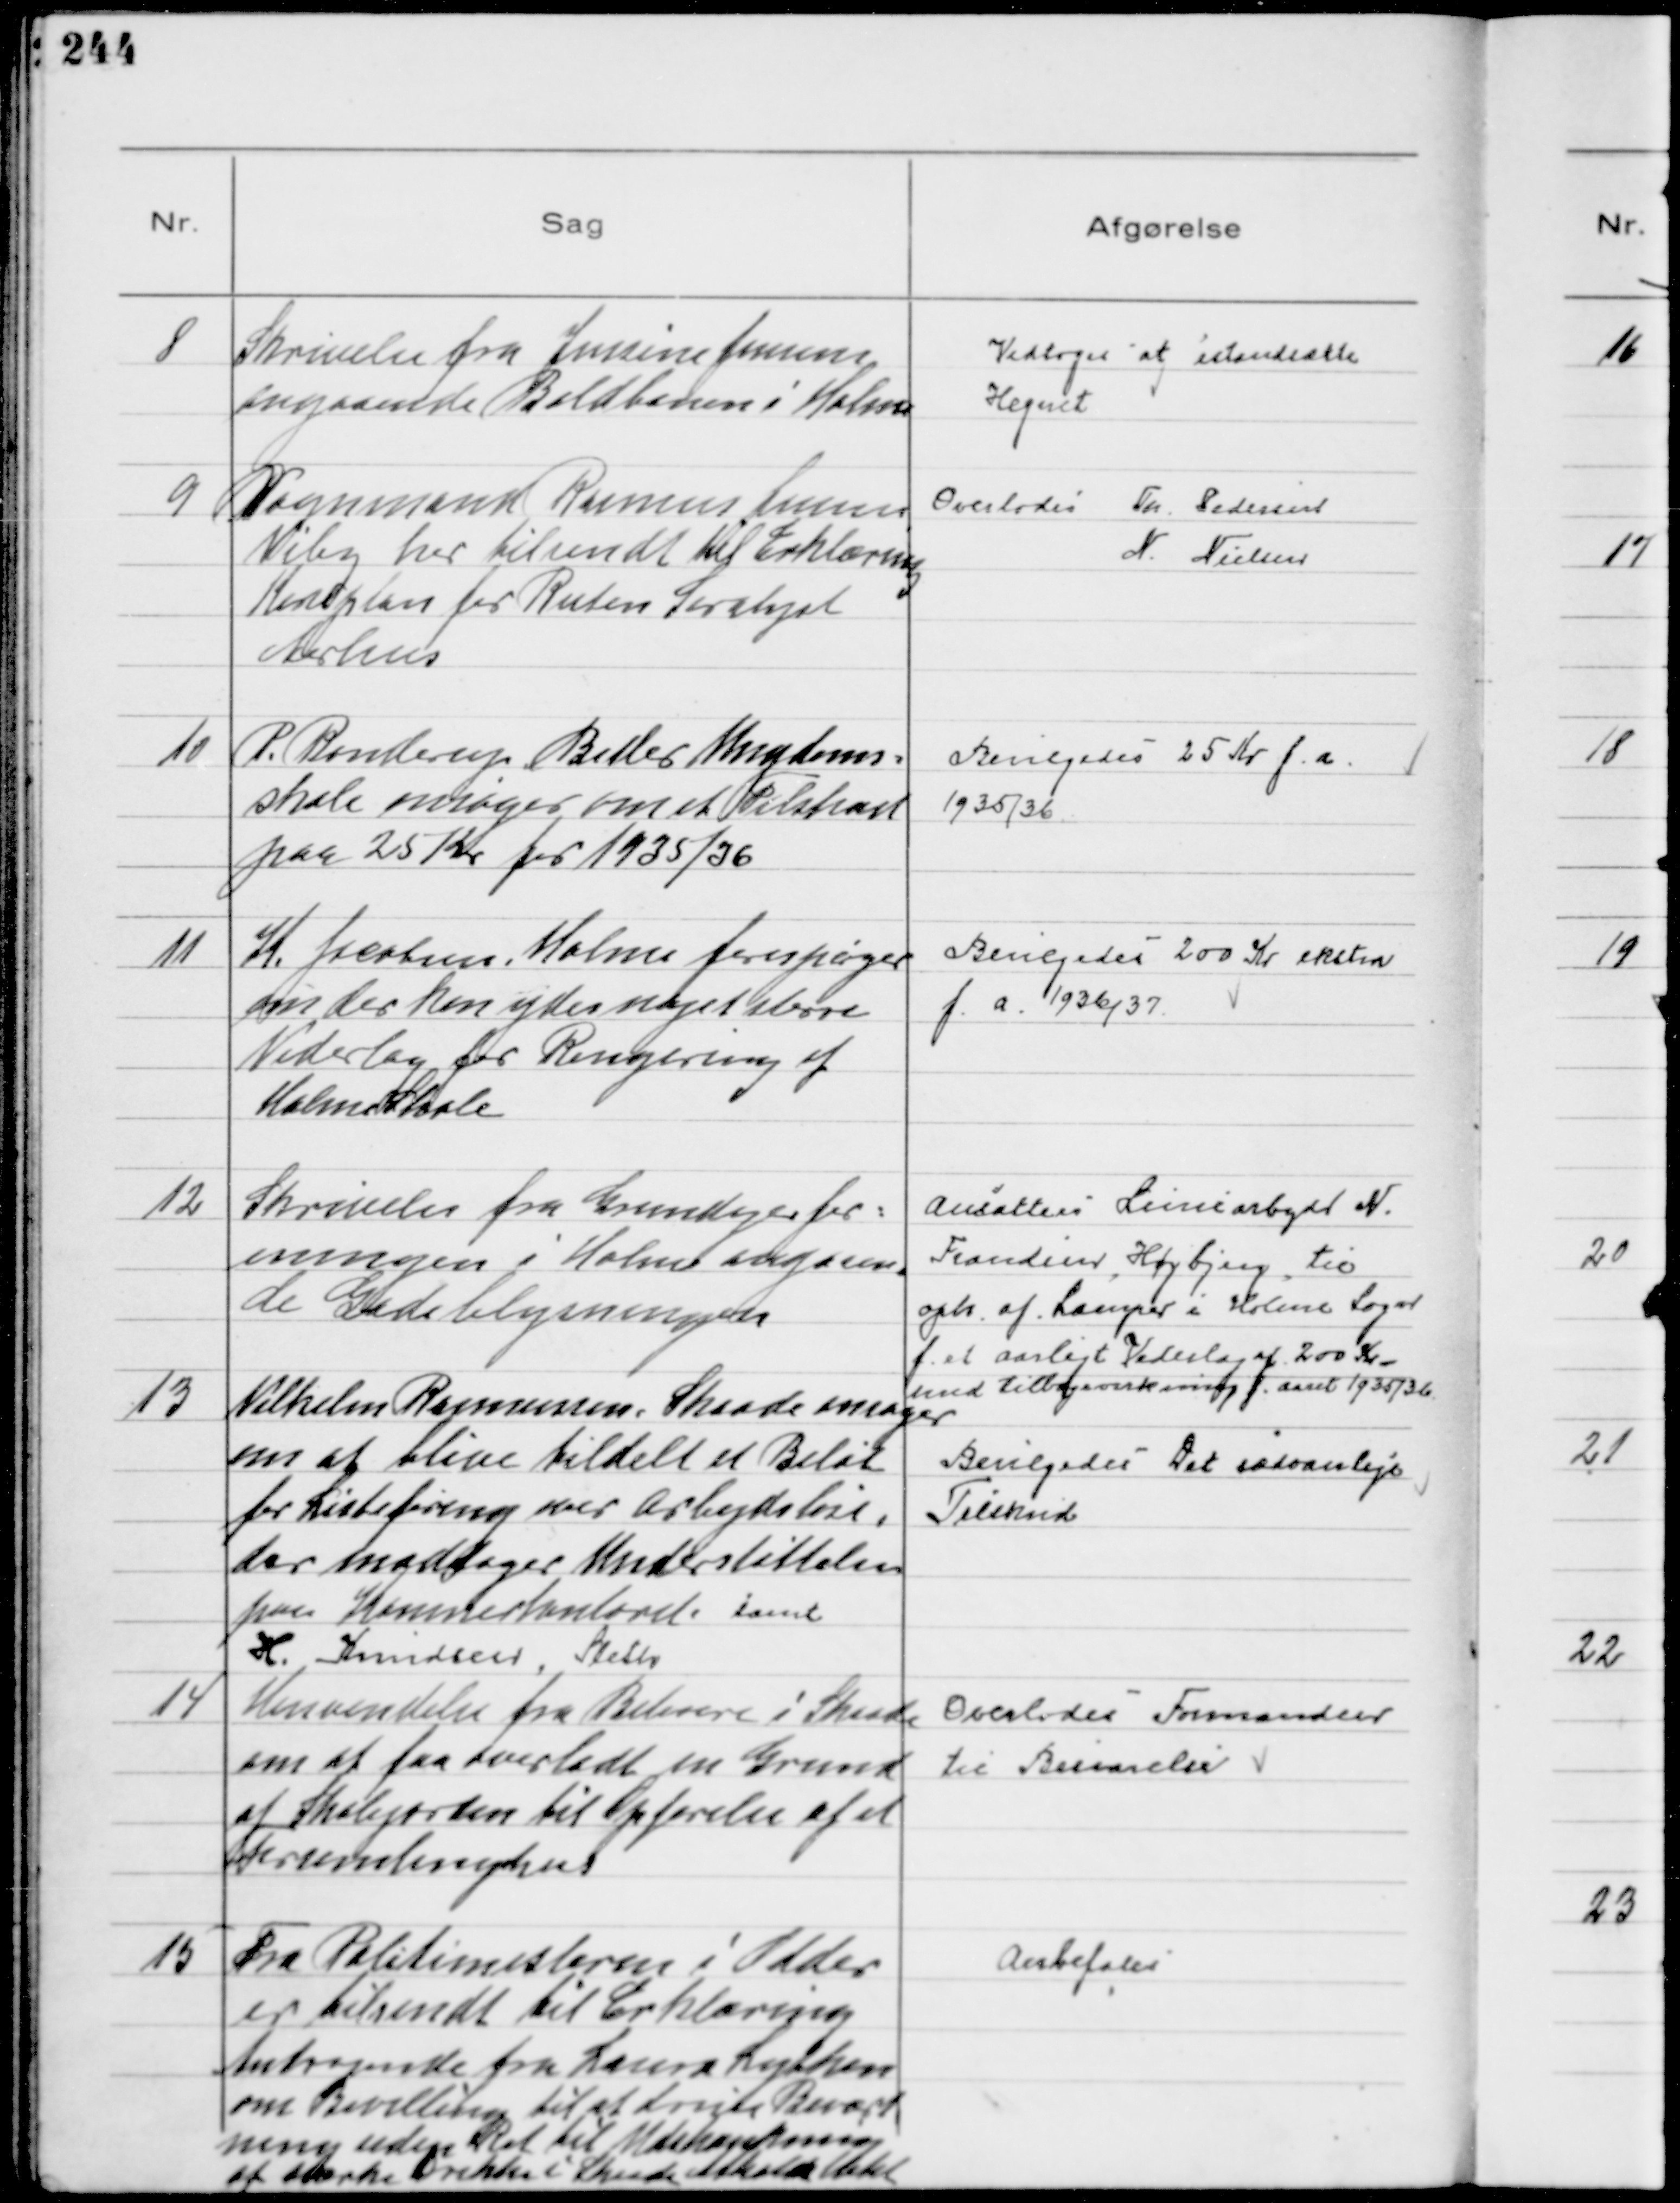
Transskription:
8
 Skrivelse fra Jensine Jensen
angaaende Boldbanen i Holme

Vedtoges at istandsætte
Hegnet

9
Vognmand Rasmus Jensen
Viby har tilsendt til Erklæring
Køreplan for Ruten Saralyst
Aarhus

Overlodes Th. Pedersen
N. Nielsen

10
P. Randrup Beder Umgdoms-
skole ansøger om et Tilskud
paa 25 Kr for 1935/36

Bevilgedes 25 Kr f.a.
1935/36

11
H. Jacobsen, Holme forespørger
om der kan ydes noget større
Vederlag for Rengøring af
Holme Skole

Bevilgedes 200 Kr ekstra
f. a. 1936/37

12
Skrivelse fra Grundejerfor-
eningen i Holme angaaen-
de Gadebelysningen

Ansattes Liniearbejder N.
Frandsen, Højbjerg, til
oph. af Lamper i Holme Sogn
f. et aarligt Vederlag af 200 Kr
med tilbagevirkning f. aaret 1935/36

13
Vilhelm Rasmussen, Skaade ansøger
om at blive tildelt et Beløb
for Listeføring over Arbejdsløse,
der modtager Understøttelse
paa Kommunekontoret samt
H. Knudsen, Sleth

Bevilgedes Det sædvanlige
Tilskud

14
Henvendelse fra Beboere i Skaade
om at faa overladt en Grund
af Skolejorden til Opførelse af et
Forsamlingshus

Overlodes Formanden
til Besvarelse

15
Fra Politimesteren i Odder
er tilsendt til Erklæring
Andragende fra Laura Lytken
om Bevilling til at drive Bevært
ning uden Ret til Udskænkning
af stærke Drikke i Skaade Afholdshotel

Anbefales